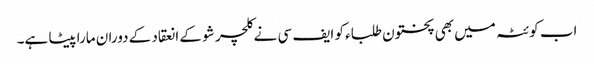
اب کوئٹہ میں بھی پختون طلباء کو ایف سی نے کلچر شو کے انعقاد کے دوران مارا پیٹا ہے۔